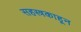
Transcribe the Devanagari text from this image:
सहस्त्रकाहून